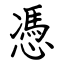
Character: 憑